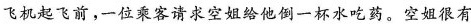
飞机起飞前，一位乘客请求空姐一杯水吃药。空姐很有